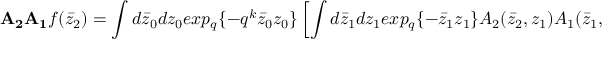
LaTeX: { \bf A _ { 2 } A _ { 1 } } f ( \bar { z } _ { 2 } ) = \int d \bar { z } _ { 0 } d z _ { 0 } e x p _ { q } \{ - q ^ { k } \bar { z } _ { 0 } z _ { 0 } \} \left[ \int d \bar { z } _ { 1 } d z _ { 1 } e x p _ { q } \{ - \bar { z } _ { 1 } z _ { 1 } \} A _ { 2 } ( \bar { z } _ { 2 } , z _ { 1 } ) A _ { 1 } ( \bar { z } _ { 1 } , z _ { 0 } ) \right] f ( \bar { z } _ { 0 } ) \ .